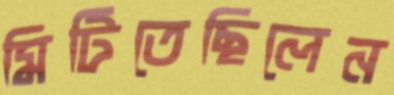
মিটিতেছিলেন